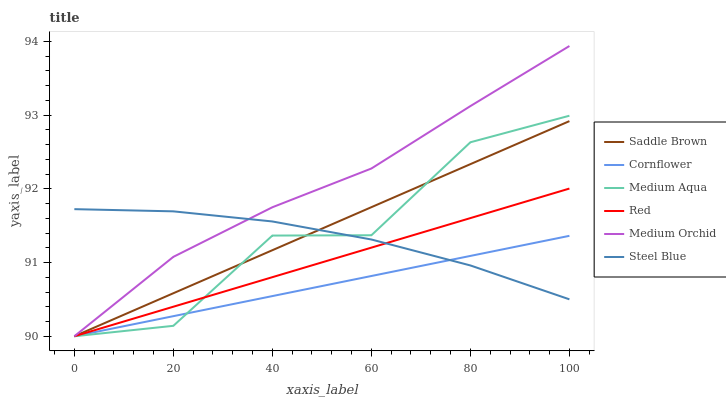
| xaxis_label | Saddle Brown | Cornflower | Medium Aqua | Red | Medium Orchid | Steel Blue |
 | --- | --- | --- | --- | --- | --- | --- |
 | 0 | 90 | 90 | 90 | 90 | 90 | 91.7 |
 | 20 | 90.6 | 90.3 | 90.1 | 90.4 | 91.1 | 91.7 |
 | 40 | 91.2 | 90.5 | 91.4 | 90.8 | 91.7 | 91.6 |
 | 60 | 91.8 | 90.8 | 91.4 | 91.2 | 92.3 | 91.3 |
 | 80 | 92.3 | 91.1 | 92.6 | 91.6 | 93.1 | 91 |
 | 100 | 92.9 | 91.4 | 93 | 92 | 93.9 | 90.5 |